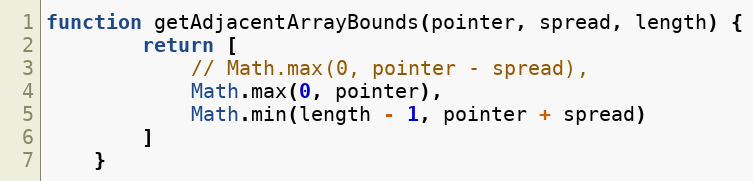
Language: JavaScript
function getAdjacentArrayBounds(pointer, spread, length) {
        return [
            // Math.max(0, pointer - spread),
            Math.max(0, pointer),
            Math.min(length - 1, pointer + spread)
        ]
    }